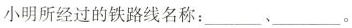
小明所经过的铁路线名称：___、___。